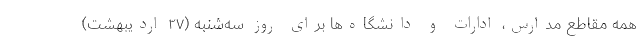
همه مقاطع مدارس، ادارات و دانشگاه‌ها برای روز سه‌شنبه (۲۷ اردیبهشت)